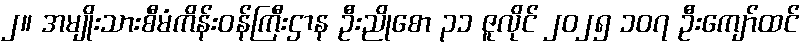
၂။ အမျိုးသားစီမံကိန်းဝန်ကြီးဌာန ဦးညိုစော ၃၁ ဇူလိုင် ၂၀၂၅ ၁၀၇ ဦးကျော်ထင်